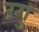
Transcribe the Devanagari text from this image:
रंगु